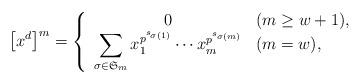
LaTeX: \begin{align*} \left[ x^d \right]^m = \left\{ \begin{array}{cl}0 & (m \geq w + 1), \\\displaystyle \sum_{\sigma \in {\mathfrak S}_m} x_1^{p^{s_{\sigma(1)}}} \cdots x_m^{p^{s_{\sigma(m)}}}& (m = w), \\\end{array}\right.\end{align*}